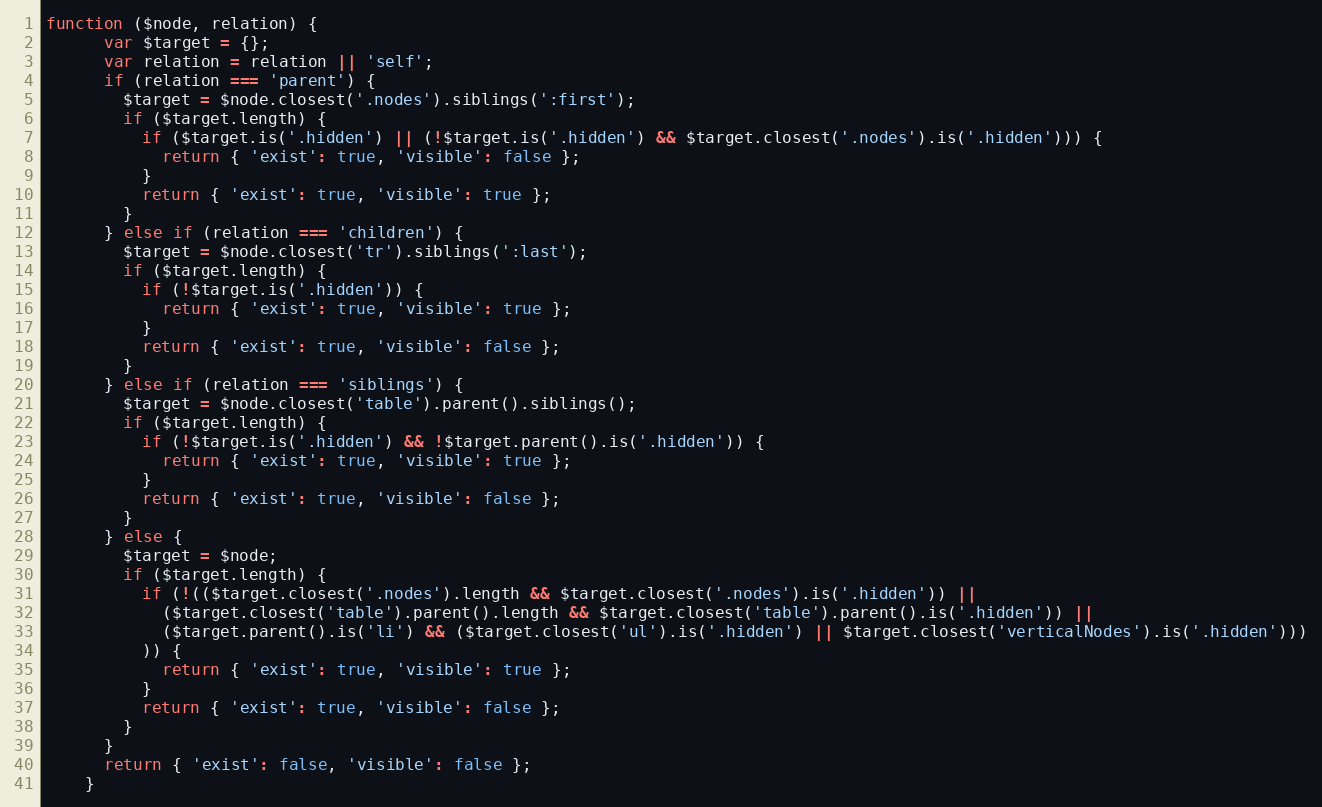
Language: JavaScript
function ($node, relation) {
      var $target = {};
      var relation = relation || 'self';
      if (relation === 'parent') {
        $target = $node.closest('.nodes').siblings(':first');
        if ($target.length) {
          if ($target.is('.hidden') || (!$target.is('.hidden') && $target.closest('.nodes').is('.hidden'))) {
            return { 'exist': true, 'visible': false };
          }
          return { 'exist': true, 'visible': true };
        }
      } else if (relation === 'children') {
        $target = $node.closest('tr').siblings(':last');
        if ($target.length) {
          if (!$target.is('.hidden')) {
            return { 'exist': true, 'visible': true };
          }
          return { 'exist': true, 'visible': false };
        }
      } else if (relation === 'siblings') {
        $target = $node.closest('table').parent().siblings();
        if ($target.length) {
          if (!$target.is('.hidden') && !$target.parent().is('.hidden')) {
            return { 'exist': true, 'visible': true };
          }
          return { 'exist': true, 'visible': false };
        }
      } else {
        $target = $node;
        if ($target.length) {
          if (!(($target.closest('.nodes').length && $target.closest('.nodes').is('.hidden')) ||
            ($target.closest('table').parent().length && $target.closest('table').parent().is('.hidden')) ||
            ($target.parent().is('li') && ($target.closest('ul').is('.hidden') || $target.closest('verticalNodes').is('.hidden')))
          )) {
            return { 'exist': true, 'visible': true };
          }
          return { 'exist': true, 'visible': false };
        }
      }
      return { 'exist': false, 'visible': false };
    }